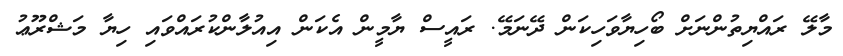
މާލޭ ރައްޔިތުންނަށް ބޯހިޔާވަހިކަން ދޭނަމޭ. ރައީސް ޔާމީން އެކަން އިއުލާންކުރައްވައި ހިޔާ މަޝްރޫޢު